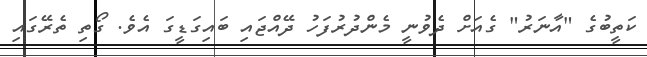
ކަތީބުގެ "އާނަރު" ގެއަށް ދެވުނީ މެންދުރުފަހު ދޭއްޖައި ބައިގަޑީގަ އެވެ. ގޯތި ތެރޭގައި